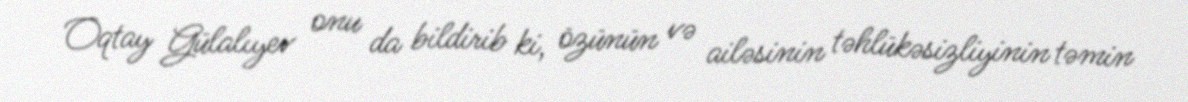
Oqtay Gülalıyev onu da bildirib ki, özünün və ailəsinin təhlükəsizliyinin təmin